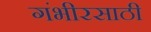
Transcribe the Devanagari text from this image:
गंभीरसाठी